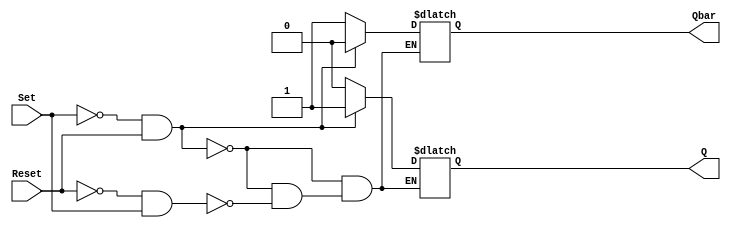
module sr_flip_flop(input wire Set, input wire Reset, output reg Q, output reg Qbar);

initial
begin
    Q = 1'b0;
    Qbar = 1'b1;
end

always @ (Set or Reset)
begin
    if (Set == 1'b0 && Reset == 1'b1) // SET condition
    begin
        Q = 1'b1;
        Qbar = 1'b0;
    end
    else if (Reset == 1'b0 && Set == 1'b1) // RESET condition
    begin
        Q = 1'b0;
        Qbar = 1'b1;
    end
end

endmodule